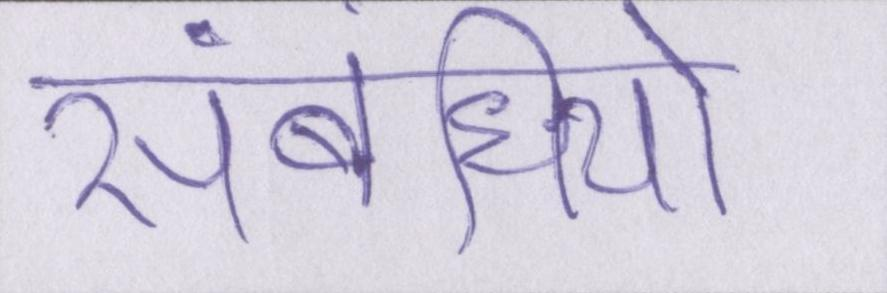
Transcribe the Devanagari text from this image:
संबंधियो